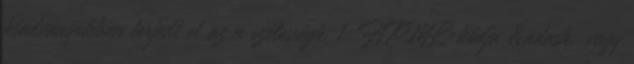
kiadványokban terjedt el az n szélességű. 1 HTML-kódja &ndash; vagy